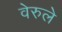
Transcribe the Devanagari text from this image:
वेरुले